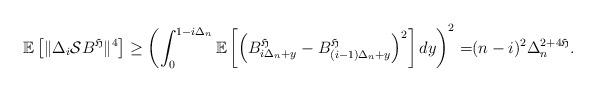
LaTeX: \begin{align*} \mathbb E\left[\|\Delta_i \mathcal S B^{\mathfrak H}\|^4\right] \geq \left(\int_0^{1-i\Delta_n}\mathbb E\left[\left(B^{\mathfrak H}_{i\Delta_n+y}-B^{\mathfrak H}_{(i-1)\Delta_n+y}\right)^2\right]dy\right)^2 =&(n-i)^2 \Delta_n^{2+4\mathfrak H}. \end{align*}